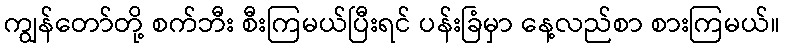
ကျွန်တော်တို့ စက်ဘီး စီးကြမယ်ပြီးရင် ပန်းခြံမှာ နေ့လည်စာ စားကြမယ်။